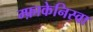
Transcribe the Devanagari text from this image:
म्फ़ाकेनिस्वा